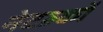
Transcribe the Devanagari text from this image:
नेटव्र्कों